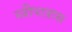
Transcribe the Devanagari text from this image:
स्त्रीपात्रास